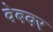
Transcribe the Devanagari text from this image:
वेबवर